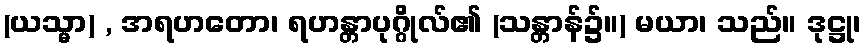
(ယသ္မာ) , အရဟတော၊ ရဟန္တာပုဂ္ဂိုလ်၏ (သန္တာန်၌။) မယာ၊ သည်။ ဒုဋ္ဌု၊